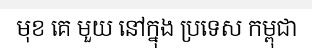
មុខ គេ មួយ នៅក្នុង ប្រទេស កម្ពុជា